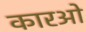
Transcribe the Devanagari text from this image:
कारओ